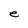
Character: e